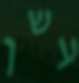
עשן